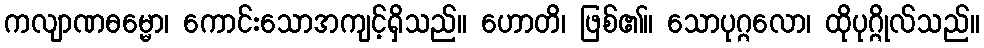
ကလျာဏဓမ္မော၊ ကောင်းသောအကျင့်ရှိသည်။ ဟောတိ၊ ဖြစ်၏။ သောပုဂ္ဂလော၊ ထိုပုဂ္ဂိုလ်သည်။